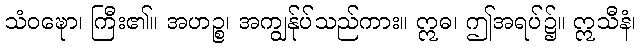
သံဝဍ္ဎော၊ ကြီး၏။ အဟဉ္စ၊ အကျွန်ုပ်သည်ကား။ ဣဓ၊ ဤအရပ်၌။ ဣသီနံ၊